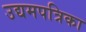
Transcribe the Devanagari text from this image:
उद्यमपत्रिका